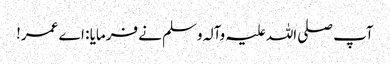
آپ صلی اللہ علیہ وآلہ وسلم نے فرمایا : اے عمر!